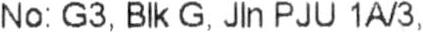
NO: G3, BLK G, JLN PJU 1A/3,